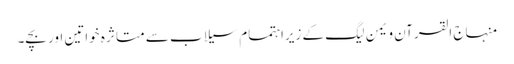
﻿ منہاج القرآن ویمن لیگ کے زیراہتمام سیلاب سے متا ثرہ خواتین اور بچے۔